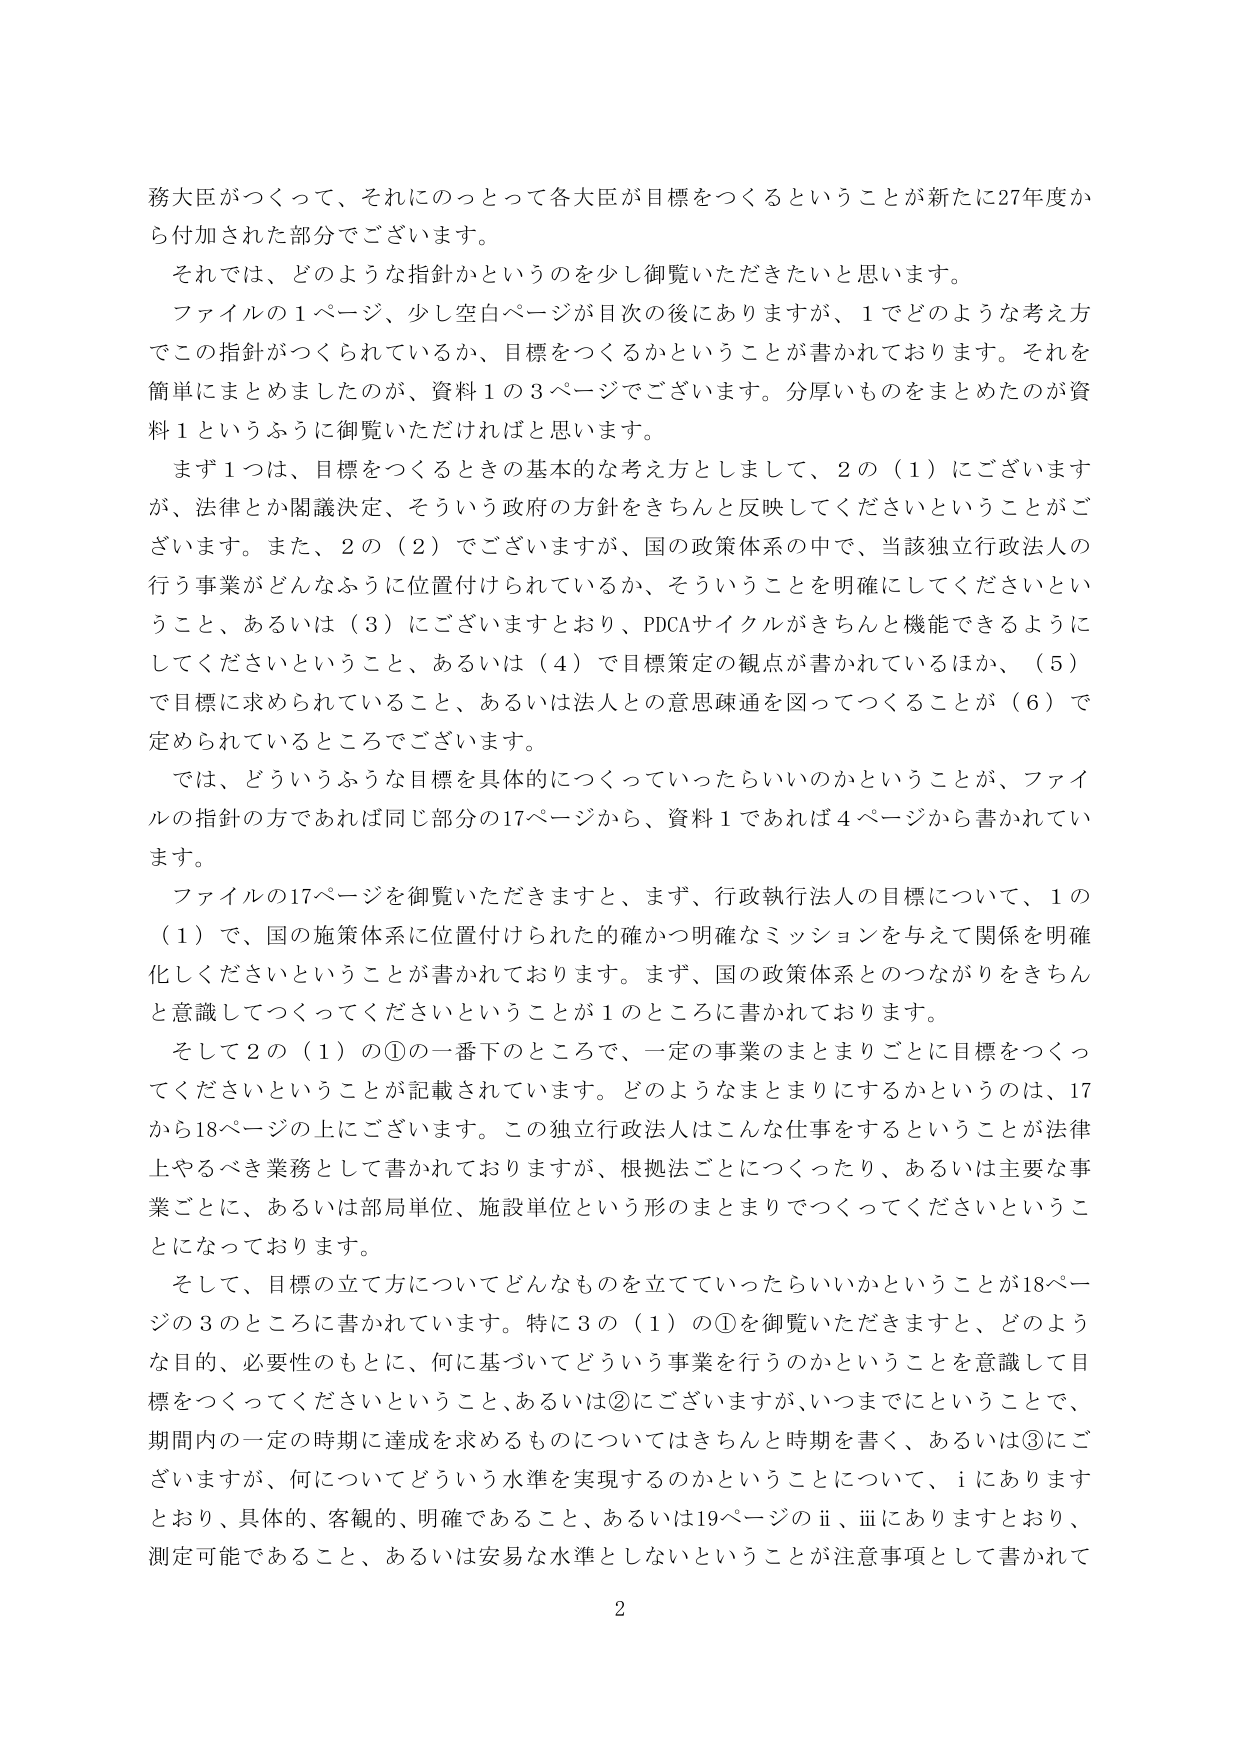
務大臣がつくって、それにのっとって各大臣が目標をつくるということが新たに27年度から付加された部分でございます。

それでは、どのような指針かというのを少し御覧いただきたいと思います。

ファイルの1ページ、少し空白ページが目次の後にあるますが、1でどのような考え方でこの指針がつくられているか、目標をつくるかということが書かれております。それを簡単にまとめましたのが、資料1の3ページでございます。分厚いものをまとめたのが資料1というふうに御覧いただければと思います。

まず1つは、目標をつくるときの基本的な考え方としまして、2の（1）にございますが、法律とか閣議決定、そういう政府の方針をきちんと反映してくださいということがございます。また、2の（2）でございますが、国の政策体系の中で、当該独立行政法人の行う事業がどんなふうに位置付けられているか、そういうことを明確にしてくださいということ、あるいは（3）にございますとおり、PDCAサイクルがきちんと機能できるようにしてくださいということ、あるいは（4）で目標策定の観点が書かれているほか、（5）で目標に求められていること、あるいは法人との意思疎通を図ってつくることが（6）で定められているところでございます。

では、どういうふうな目標を具体的につくっていったらいいのかということが、ファイルの指針の方であれば同じ部分の17ページから、資料1であれば4ページから書かれています。

ファイルの17ページを御覧いただきますと、まず、行政執行法人の目標について、1の（1）で、国の施策体系に位置付けられた的確かつ明確なミッションを与えて関係を明確化してくださいということが書かれております。まず、国の政策体系とのつながりをきちんと意識してつくってくださいということが1のところに書かれております。

そして2の（1）の①の一番下のところで、一定の事業のまとまりごとに目標をつくってくださいということが記載されています。どのようなまとまりにするかというのは、17から18ページの上にございます。この独立行政法人はこんな仕事をするということが法律上やるべき業務として書かれておりますが、根拠法ごとにつくったり、あるいは主要な事業ごとに、あるいは部局単位、施設単位という形のまとまりでつくってくださいということになっております。

そして、目標の立て方についてどんなものを立てていったらいいかということが18ページの3のところに書かれています。特に3の（1）の①を御覧いただきますと、どのような目的、必要性のもとに、何に基づいてどういう事業を行うのかということを意識して目標をつくってくださいということ、あるいは②にございますが、いつまでにということで、期間内の一定の時期に達成を求めるものについてはきちんと時期を書く、あるいは③にございますが、何についてどういう水準を実現するのかということについて、iにありますとおり、具体的、客観的、明確であること、あるいは19ページのii、iiiにありますとおり、測定可能であること、あるいは安易な水準としないということが注意事項として書かれて

2